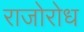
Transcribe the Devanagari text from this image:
राजोरोध